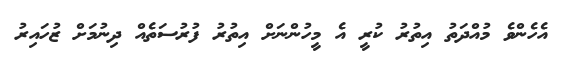
އެހެންވެ މުއްދަތު އިތުރު ކުރީ އެ މީހުންނަށް އިތުރު ފުރުސަތެއް ދިނުމަށް ޒުހައިރު